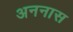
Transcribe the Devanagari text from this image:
अननास